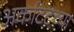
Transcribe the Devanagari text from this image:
अर्काटटच्या